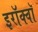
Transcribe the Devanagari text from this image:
इरॉक्वॉ